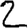
Digit: 2